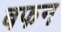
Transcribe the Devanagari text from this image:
बफन